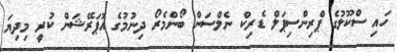
ހައި ސްކޫލުގެ ޕްރިންސިޕަލް ޑެރިކް ނެލްސަން ބޯންމެރޯ ދިނުމުގެ އޮޕަރޭޝަން ކުރީ މިދިޔަ